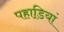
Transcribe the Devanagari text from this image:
पहाडि़यां